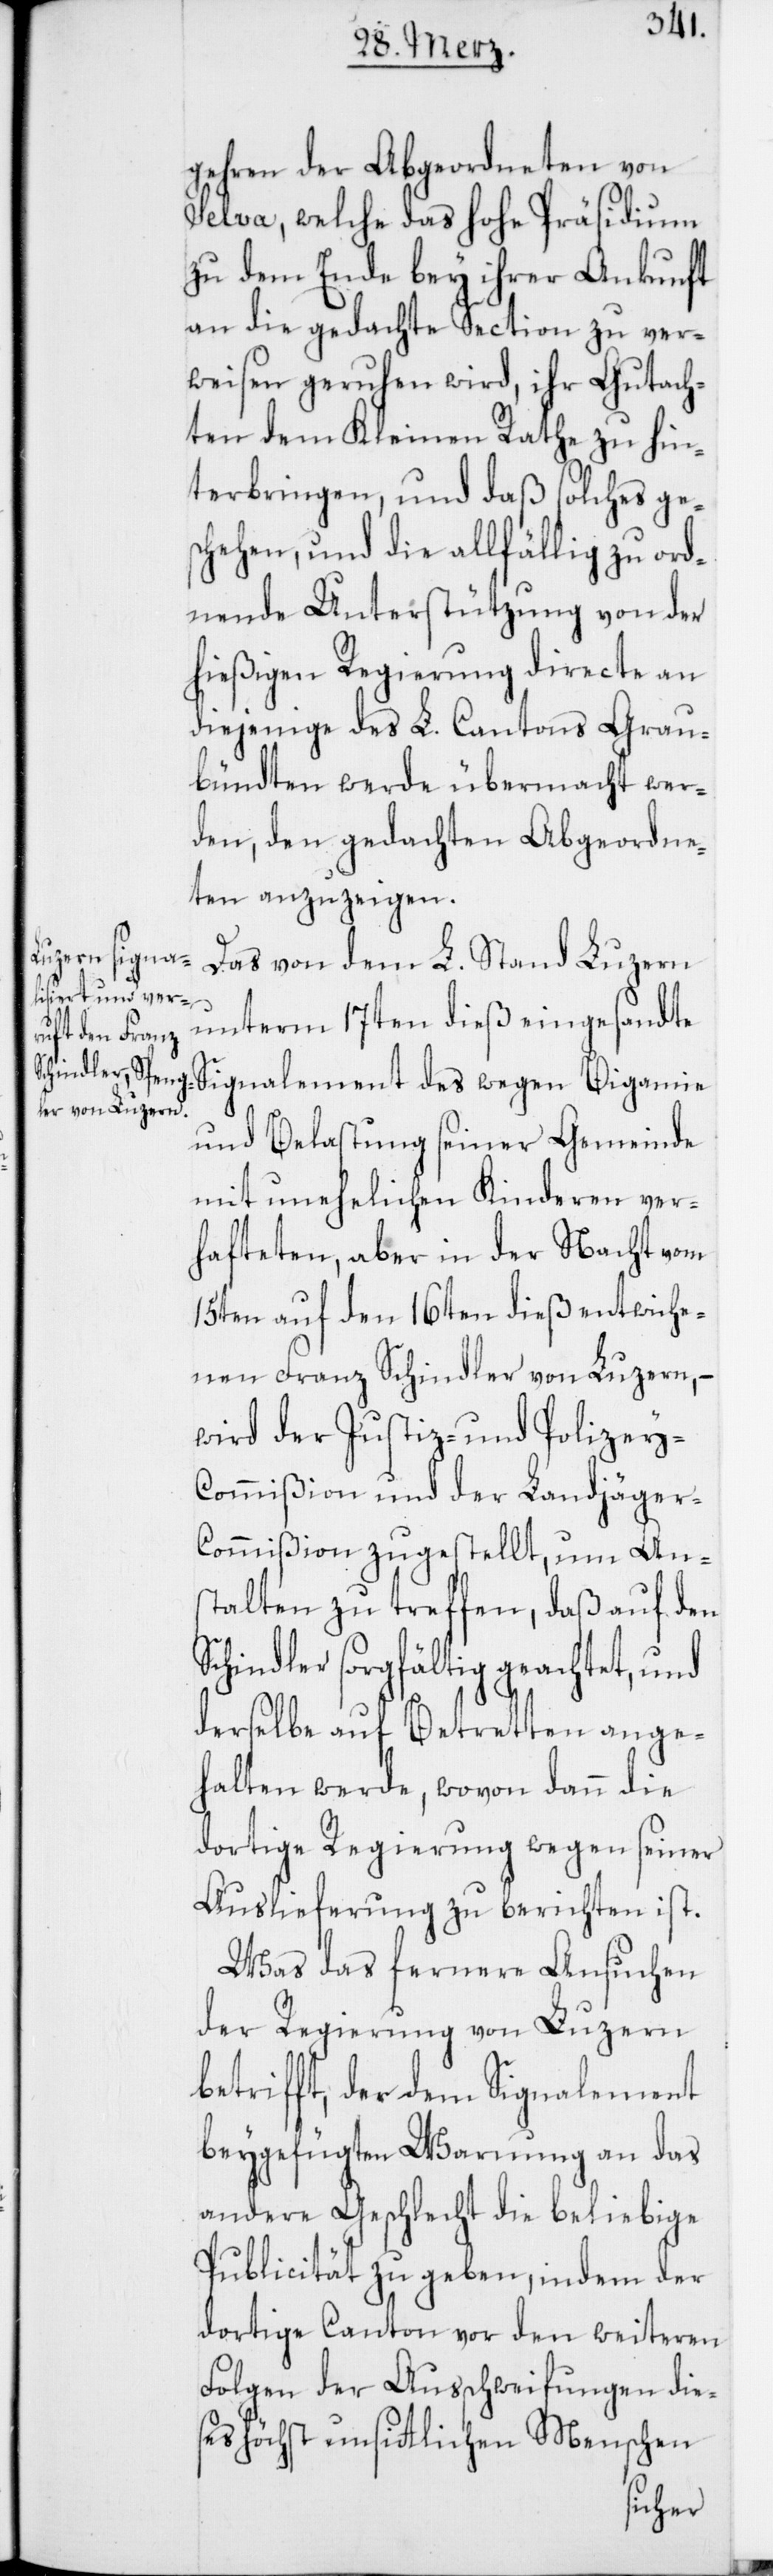
gehren der Abgeordneten von
Selva, welche das hohe Präsidium
zu dem Ende bey ihrer Ankunft
an die gedachte Section zu ver¬
weisen geruhen wird, ihr Gutach¬
ten dem Kleinen Rathe zu hin¬
terbringen, und daß solches ge¬
schehen, und die allfählig zu ord¬
nende Unterstützung von der
hießigen Regierung directe an
diejenige des L. Cantons Grau¬
bündten werde übermacht wer¬
den, den gedachten Abgeordne¬
ten anzuzeigen.
Das von dem L. Stand Luzern
unterm 17ten dieß eingesandte
Signalement des wegen Bigamie
und Belastung seiner Gemeinde
mit unehelichen Kinderen ver¬
hafteten, aber in der Nacht vom
15ten auf den 16ten dieß entwiche¬
nen Franz Schindler von Luzern, –
wird der Justiz- und Polizey-C¬
ommißion und der Landjäger-C¬
ommißion zugestellt, um An¬
stalten zu treffen, daß auf den
Schindler sorgfältig geachtet, und
derselbe auf Betretten ange¬
halten werde, wovon dann die
dortige Regierung wegen seiner
Auslieferung zu berichten ist.
Was das fernere Ansuchen
der Regierung von Luzern
betrifft, der dem Signalement
beygefügten Warnung an das
andere Geschlecht die beliebige
Pubilicität zu geben, indem der
dortige Canton vor den weiteren
Folgen der Ausschweifungen die¬
ses höchst unsitlichen Menschen